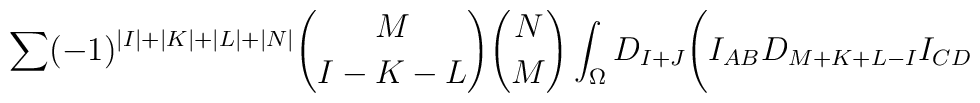
\sum(-1)^{\vert I \vert +\vert K \vert +\vert L \vert + \vert N \vert}{M \choose {I-K-L}}{N \choose M}\int_{\Omega} D_{I+J}\Biggl(I_{AB}D_{M+K+L-I}I_{CD}